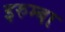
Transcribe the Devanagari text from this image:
इरुम्बा